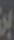
بن